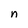
Character: n